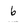
Character: b